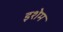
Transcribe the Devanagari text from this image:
इशेम